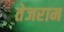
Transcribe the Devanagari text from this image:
तेजराम